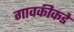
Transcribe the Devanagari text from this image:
गावकीकडे